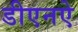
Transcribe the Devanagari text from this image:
डीएनऐ